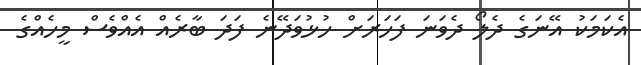
އެކަމަކު އޭނަގެ ދެލޯ ދެވަނަ ފަހަރަށް ހުޅުވަދޭނެ ފަދަ ބާރެއް އެއްވެސް މީހެއްގެ